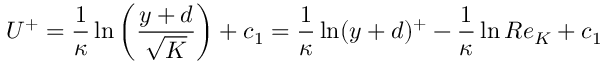
U ^ { + } = \frac { 1 } { \kappa } \ln \left( \frac { y + d } { \sqrt { K } } \right) + c _ { 1 } = \frac { 1 } { \kappa } \ln ( y + d ) ^ { + } - \frac { 1 } { \kappa } \ln R e _ { K } + c _ { 1 }